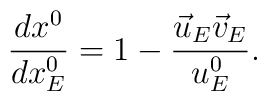
\frac{dx^0}{dx^0_E} = 1 - \frac{\vec{u}_E \vec v_E}{u^0_E}.